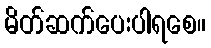
မိတ်ဆက်ပေးပါရစေ။